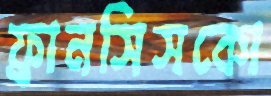
ফ্রানসিসকো